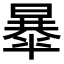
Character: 𣊴